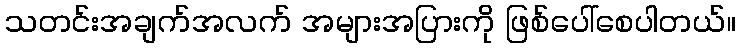
သတင်းအချက်အလက် အများအပြားကို ဖြစ်ပေါ်စေပါတယ်။